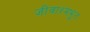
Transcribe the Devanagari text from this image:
जीवाश्मभूत